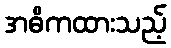
အဓိကထားသည့်